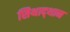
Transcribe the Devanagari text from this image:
सिथाद्थान